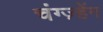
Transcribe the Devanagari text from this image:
चंग्ज़्हेंग